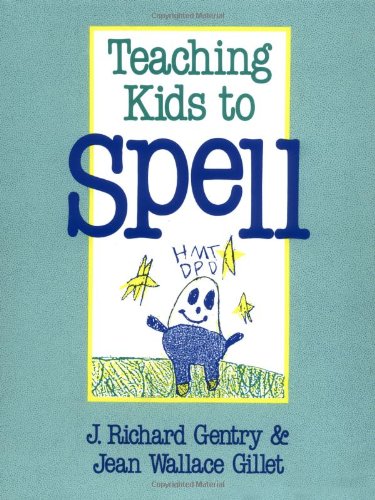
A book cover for Teaching Kids to Spell; J Richard Gentry; Reference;